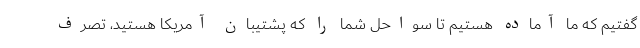
گفتیم که ما آماده هستیم تا سواحل شما را که پشتیبان آمریکا هستید، تصرف